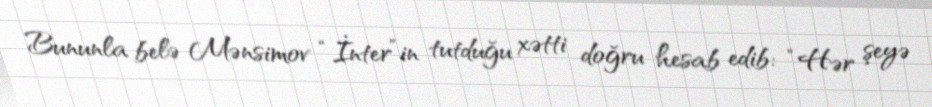
Bununla belə Mənsimov “İnter”in tutduğu xətti doğru hesab edib: “Hər şeyə